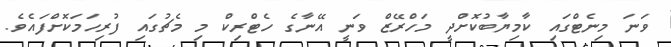
ވަނަ މިނެޓްގައި ކާމިޔާބުކޮށްދީ މަހްރޭޒް ވަނީ އޭނާގެ ހެޓްރިކް މި މެޗުގައި ފުރިހަމަކޮށްފައެވެ.